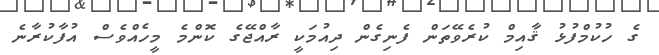
ގެ ހުކުމްފުޅު ޤާއިމް ކުރެވޭތަން ފެނިގެން ދިއުމަކީ ރާއްޖޭގެ ކޮންމެ މީހެއްވެސް އުފާކުރާނެ